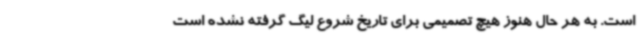
است. به هر حال هنوز هیچ تصمیمی برای تاریخ شروع لیگ گرفته نشده است